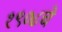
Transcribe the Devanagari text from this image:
१९०८चे